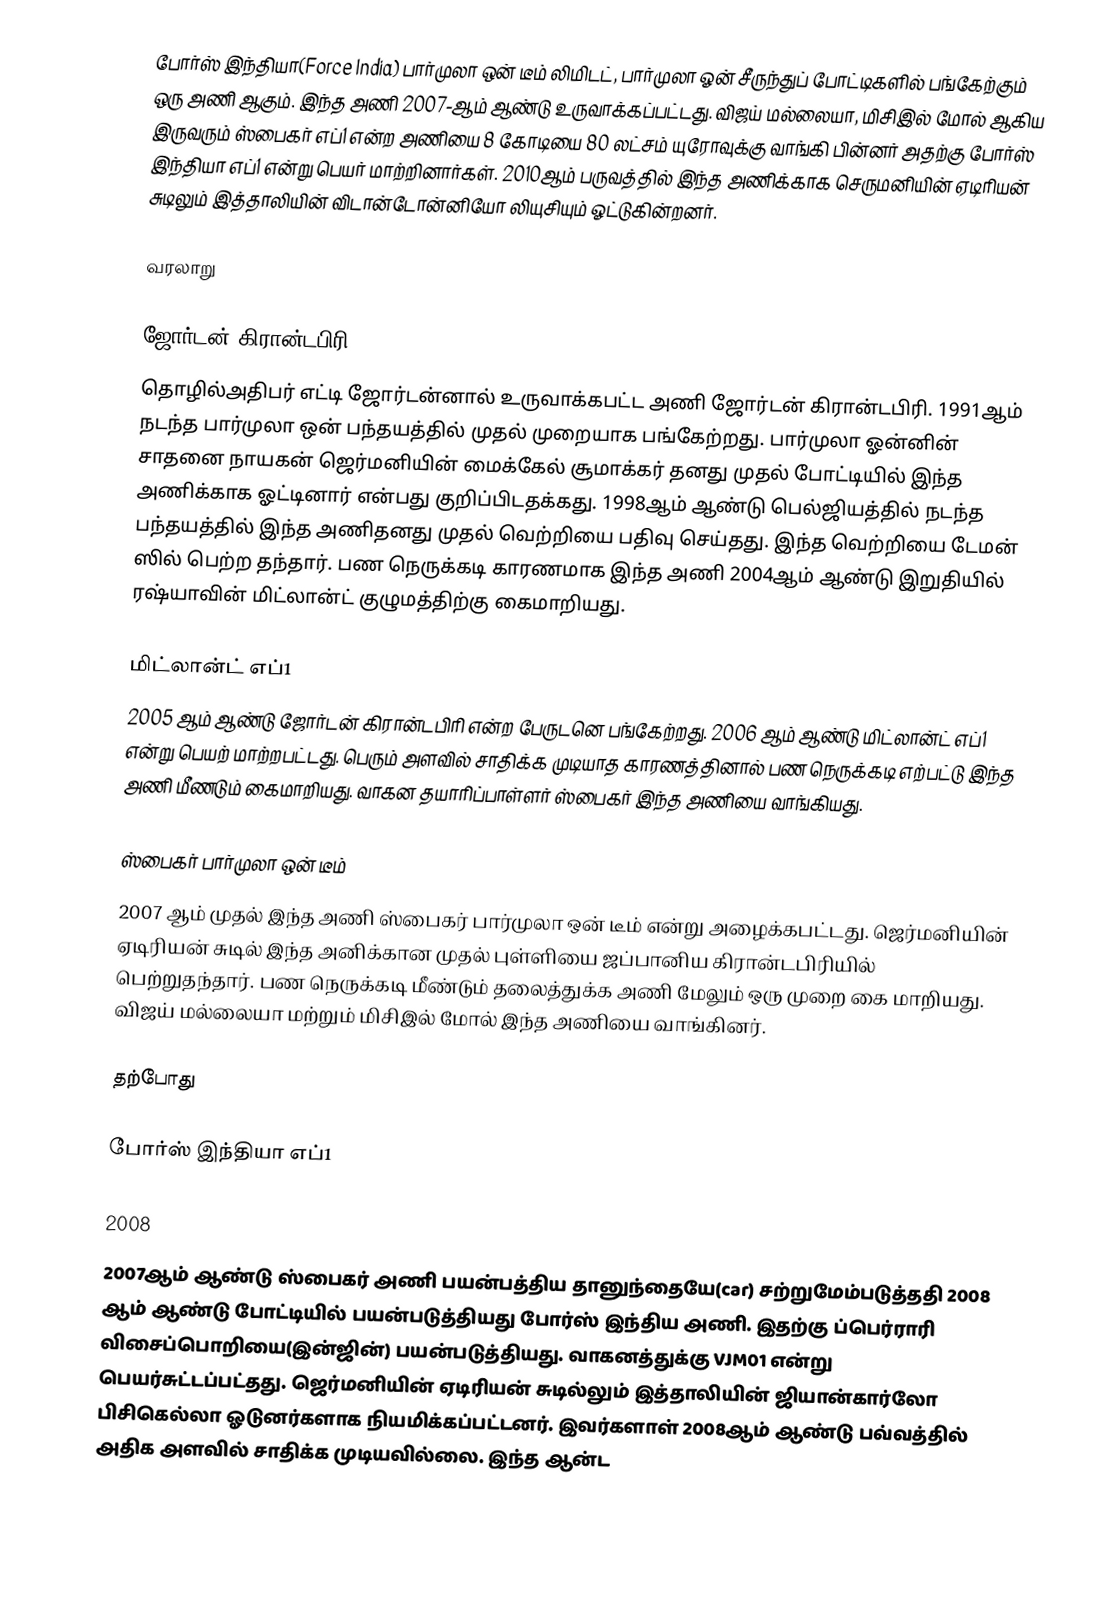
போர்ஸ் இந்தியா(Force India) பார்முலா ஒன் டீம் லிமிடட், பார்முலா ஓன் சீருந்துப் போட்டிகளில் பங்கேற்கும் ஒரு அணி ஆகும். இந்த அணி 2007-ஆம் ஆண்டு உருவாக்கப்பட்டது. விஜய் மல்லையா, மிசிஇல் மோல் ஆகிய இருவரும் ஸ்பைகர் எப்1 என்ற அணியை 8 கோடியை 80 லட்சம் யுரோவுக்கு வாங்கி பின்னர் அதற்கு போர்ஸ் இந்தியா எப்1 என்று பெயர் மாற்றினார்கள். 2010ஆம் பருவத்தில் இந்த அணிக்காக செருமனியின் ஏடிரியன் சுடிலும் இத்தாலியின் விடான்டோன்னியோ லியுசியும் ஓட்டுகின்றனர்.

வரலாறு

ஜோர்டன் கிரான்டபிரி
தொழில்அதிபர் எட்டி ஜோர்டன்னால் உருவாக்கபட்ட அணி ஜோர்டன் கிரான்டபிரி. 1991ஆம் நடந்த பார்முலா ஒன் பந்தயத்தில் முதல் முறையாக பங்கேற்றது. பார்முலா ஓன்னின் சாதனை நாயகன் ஜெர்மனியின் மைக்கேல் சூமாக்கர் தனது முதல் போட்டியில் இந்த அணிக்காக ஓட்டினார் என்பது குறிப்பிடதக்கது. 1998ஆம் ஆண்டு பெல்ஜியத்தில்  நடந்த பந்தயத்தில் இந்த அணிதனது முதல் வெற்றியை பதிவு செய்தது. இந்த வெற்றியை டேமன் ஸில் பெற்ற தந்தார். பண நெருக்கடி காரணமாக இந்த அணி 2004ஆம் ஆண்டு இறுதியில் ரஷ்யாவின் மிட்லான்ட் குழுமத்திற்கு கைமாறியது.

மிட்லான்ட் எப்1
2005 ஆம் ஆண்டு ஜோர்டன் கிரான்டபிரி என்ற பேருடனெ பங்கேற்றது. 2006 ஆம் ஆண்டு மிட்லான்ட் எப்1 என்று பெயற் மாற்றபட்டது. பெரும் அளவில் சாதிக்க முடியாத காரணத்தினால் பண நெருக்கடி எற்பட்டு இந்த அணி மீணடும் கைமாறியது. வாகன தயாரிப்பாள்ளர் ஸ்பைகர் இந்த அணியை வாங்கியது.

ஸ்பைகர் பார்முலா ஒன் டீம்
2007 ஆம் முதல் இந்த அணி ஸ்பைகர் பார்முலா ஒன் டீம் என்று அழைக்கபட்டது. ஜெர்மனியின் ஏடிரியன் சுடில் இந்த அனிக்கான முதல் புள்ளியை ஜப்பானிய கிரான்டபிரியில் பெற்றுதந்தார். பண நெருக்கடி மீண்டும் தலைத்துக்க அணி மேலும் ஒரு முறை கை மாறியது. விஜய் மல்லையா மற்றும் மிசிஇல் மோல் இந்த அணியை வாங்கினர்.

தற்போது

போர்ஸ் இந்தியா எப்1

2008
2007ஆம் ஆண்டு ஸ்பைகர் அணி பயன்பத்திய தானுந்தையே(car) சற்றுமேம்படுத்ததி 2008 ஆம் ஆண்டு போட்டியில் பயன்படுத்தியது போர்ஸ் இந்திய அணி. இதற்கு ப்பெர்ராரி விசைப்பொறியை(இன்ஜின்) பயன்படுத்தியது. வாகனத்துக்கு VJM01 என்று பெயர்சுட்டப்பட்தது. ஜெர்மனியின் ஏடிரியன் சுடில்லும் இத்தாலியின் ஜியான்கார்லோ பிசிகெல்லா ஓடுனர்களாக நியமிக்கப்பட்டனர். இவர்களாள் 2008ஆம் ஆண்டு பவ்வத்தில் அதிக அளவில் சாதிக்க முடியவில்லை. இந்த ஆன்ட